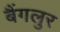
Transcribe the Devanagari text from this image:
बैंगलुर